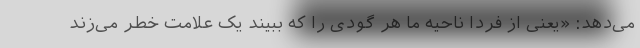
می‌دهد: «یعنی از فردا ناحیه ما هر گودی را که ببیند یک علامت خطر می‌زند